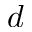
d